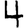
Digit: 4